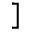
]